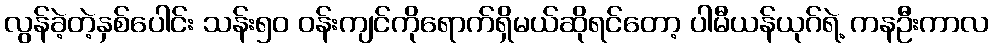
လွန်ခဲ့တဲ့နှစ်ပေါင်း သန်း၅၀ ဝန်းကျင်ကိုရောက်ရှိမယ်ဆိုရင်တော့ ပါမီယန်ယုဂ်ရဲ့ ကနဦးကာလ